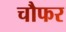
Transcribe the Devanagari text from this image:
चौफर